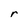
Character: r